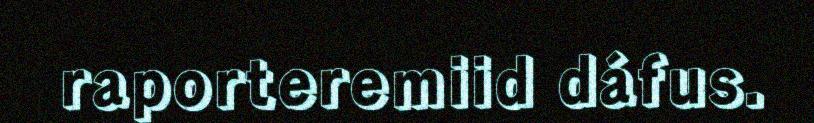
raporteremiid dáfus.